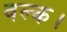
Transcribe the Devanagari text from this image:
वल्क।